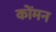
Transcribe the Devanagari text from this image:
कोंमन